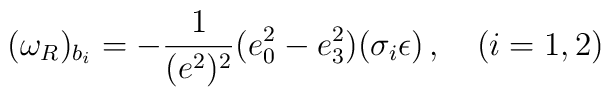
(\omega_R)_{b_i} =- \frac 1{(e^2)^2} (e_0^2 - e_3^2) (\sigma_i \epsilon)  \, , \quad (i =1,2)